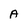
Character: A